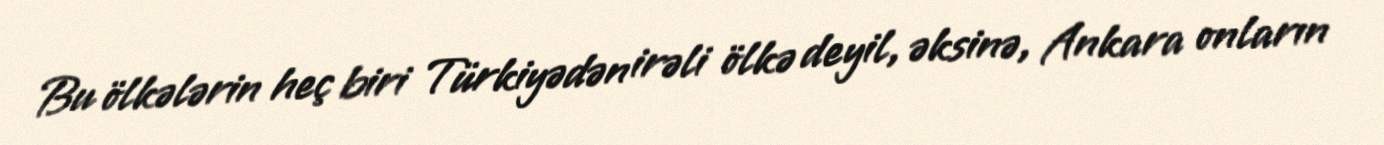
Bu ölkələrin heç biri Türkiyədən irəli ölkə deyil, əksinə, Ankara onların